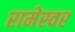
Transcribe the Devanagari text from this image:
रामेस्वर